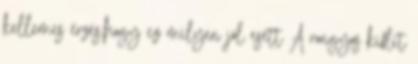
kellemes érzés,hogy ez milyen jól esett A rongyos kiflit